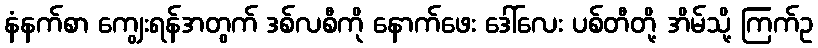
နံနက်စာ ကျွေးရန်အတွက် ဒစ်လစီကို နောက်ဖေး ဒေါ်လေး ပစ်တီတို့ အိမ်သို့ ကြက်ဥ